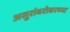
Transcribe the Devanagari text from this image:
असुरांबरोबरच्या